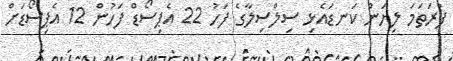
ފުރަތަމަ ލިޔަން ކަނޑައެޅި ސިލްސިލާގެ ފަހު 22 އެޕިސޯޑް ފަހުން 12 އެޕިސޯޑަށް